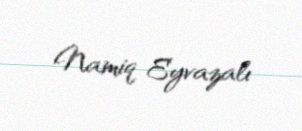
Namiq Eyvazalı